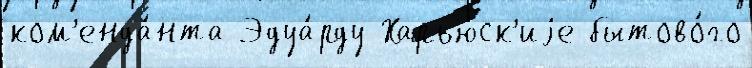
ком'енда́нта Эдуа́рду Харьюск'иjе бытово́го